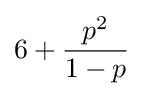
6+{\frac {p^{2}}{1-p}}